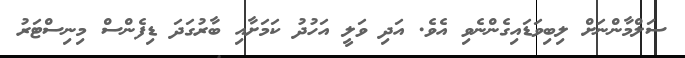
ސަލްމާންނަށް ލިބިވަޑައިގެންނެވި އެވެ. އަދި ވަލީ އަހުދު ކަމަށާއި ބާރުގަދަ ޑިފެންސް މިނިސްޓަރު